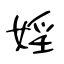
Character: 婬